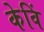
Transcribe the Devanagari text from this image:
केविं